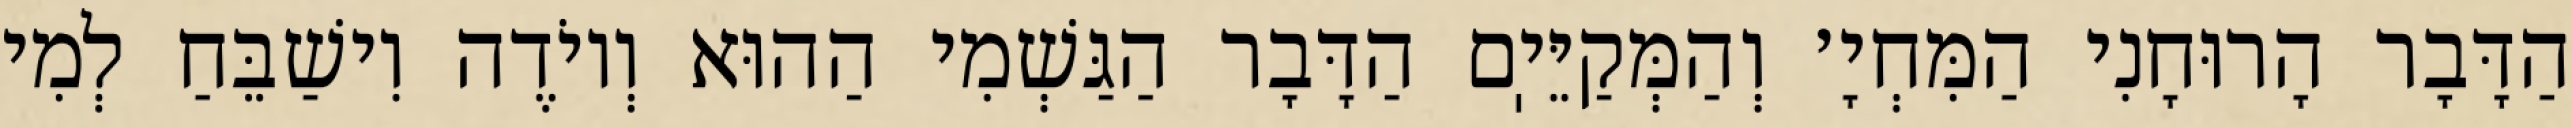
הַדָּבָר הָרוּחָנִי הַמִּחְיָ׳ וְהַמְּקַיֵּיֽם הַדָּבָר הַגַּשְׁמִי הַהוּא וְיוֹדֶה וִישַׁבֵּחַ לְמִי